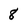
Character: 8